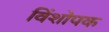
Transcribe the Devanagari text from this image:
विंशोपक